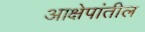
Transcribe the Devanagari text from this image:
आक्षेपांतील